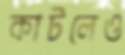
কাটলেও